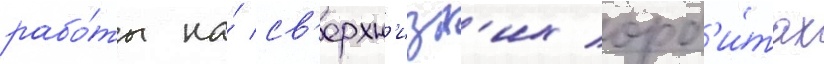
рабо́ты на́ св'ерхн'изк'их орб'и́тах